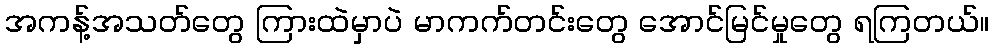
အကန့်အသတ်တွေ ကြားထဲမှာပဲ မာကက်တင်းတွေ အောင်မြင်မှုတွေ ရကြတယ်။